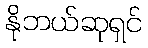
နိုဘယ်ဆုရှင်